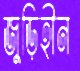
জুড়িহীন